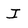
Character: I